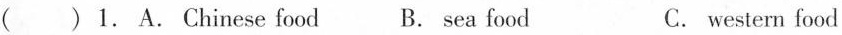
( ) 1. A.chinese food B. sea food C. western food